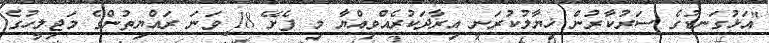
"އަޅުގަނޑުގެ ސަރުކާރުން ޚިޔާލުކުރަނީ އިރާދަކުރެއްވިއްޔާ މި ފެށޭ 18 ވަނަ ރައްޔިތުންގެ މަޖިލީހުގެ